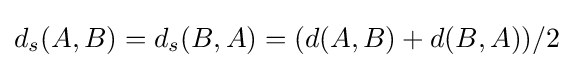
d_{s}(A,B)=d_{s}(B,A)=(d(A,B)+d(B,A))/2